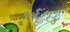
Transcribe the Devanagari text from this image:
३५६८६४